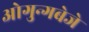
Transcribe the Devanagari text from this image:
ओगुन्गबेजे